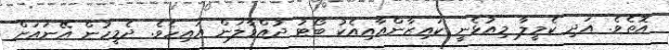
އޮތެވެ. އަދި ކެމީލާ މިއުޅެނީ ކައިޒާންއާއިއެކު ބޯޓު ދުއްވާލަން އައިހެވެ. ދެމީހުން އޭނައަށް